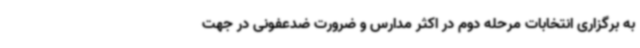
به برگزاری انتخابات مرحله دوم در اکثر مدارس و ضرورت ضدعفونی در جهت